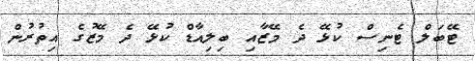
ޓޭބަލް ޓެނިސް ކުޅޭ ދެ މޭޒާއި ބިލިއާޑް ކުޅޭ ދެ މޭޒުގެ އިތުރުން